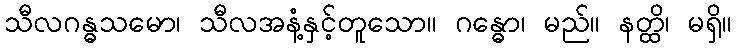
သီလဂန္ဓသမော၊ သီလအနံ့နှင့်တူသော။ ဂန္ဓော၊ မည်။ နတ္ထိ၊ မရှိ။